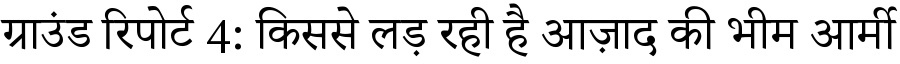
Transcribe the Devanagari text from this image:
ग्राउंड रिपोर्ट 4: किससे लड़ रही है आज़ाद की भीम आर्मी